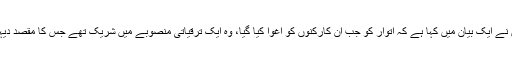
افغانستان میں اقوام متحدہ کے اعانتی مشن نے ایک بیان میں کہا ہے کہ اتوار کو جب اِن کارکنوں کو اغوا کیا گیا، وہ ایک ترقیاتی منصوبے میں شریک تھے جس کا مقصد دیہی علاقوں میں معاشی مواقع پیدا کرنا تھا۔